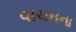
વાચનના